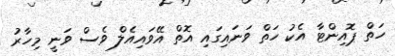
ހަތް ޕޮއިންޓާ އެކު ހަތް ވަނައިގައި އޮތް އޭވައިއެލް ވެސް ވަނީ މިހާރު